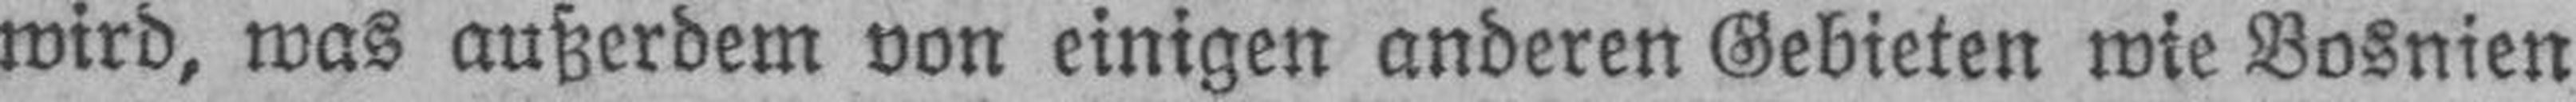
wird, was außerdem von einigen anderen Gebieten wie Bosnien